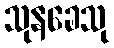
သုနခေသု